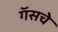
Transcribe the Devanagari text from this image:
गॅसचे